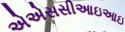
એએસસીઆઇઆઇ